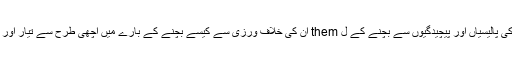
کسی افسر کو رازداری کی پالیسیاں اور پیچیدگیوں سے بچنے کے ل them ان کی خلاف ورزی سے کیسے بچنے کے بارے میں اچھی طرح سے تیار اور تربیت دی جانی چاہئے۔